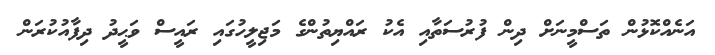
އަނެއްކޮޅުން ތަސްމީނަށް ދިން ފުރުސަތާއި އެކު ރައްޔިތުންގެ މަޖިލީހުގައި ރައީސް ވަޙީދު ދިފާއުކުރަން